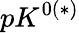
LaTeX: pK^{0(*)}